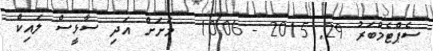
ސެޕްޓެމްބަރު 29